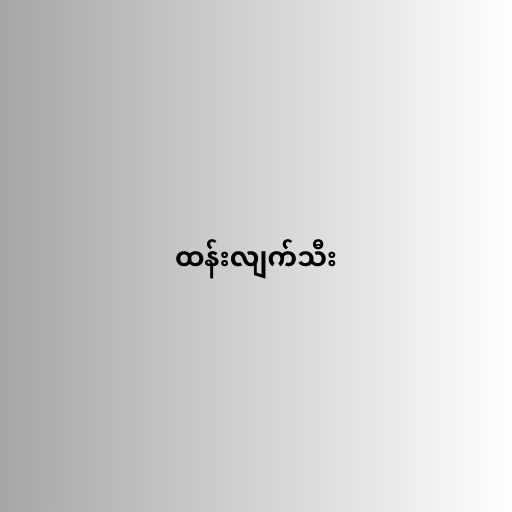
ထန်းလျက်သီး